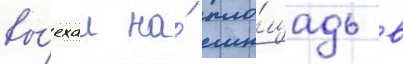
вы́ехал на́ пло́щадь в